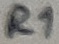
Text: R1